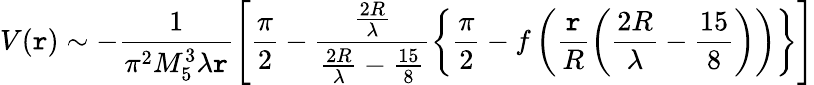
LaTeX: V(\mathtt{r})\sim-\frac{{1}}{{\pi^{2}M_{5}^{3}\lambda\mathtt{r}}}\left[\frac{{\pi}}{{2}}-\frac{{\frac{{2R}}{{\lambda}}}}{{\frac{{2R}}{{\lambda}}-\frac{{15}}{{8}}}}\left\{ \frac{{\pi}}{{2}}-f\left(\frac{{\mathtt{r}}}{{R}}\left(\frac{{2R}}{{\lambda}}-\frac{{15}}{{8}}\right)\right)\right\} \right]